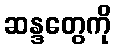
ဆန္ဒတွေကို